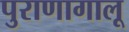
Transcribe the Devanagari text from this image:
पुराणागालू